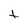
Character: t